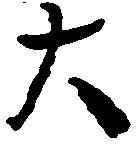
大